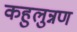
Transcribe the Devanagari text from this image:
कहुलुन्नण